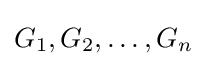
G_{1},G_{2},\dots ,G_{n}